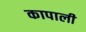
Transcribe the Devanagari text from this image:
कापाली